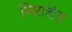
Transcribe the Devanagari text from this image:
निराशेत